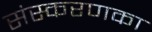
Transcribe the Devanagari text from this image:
संस्‍करणका